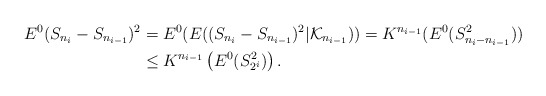
\begin{align*}E^{0}(S_{n_{i}}-S_{n_{i-1}})^{2} & =E^{0}(E((S_{n_{i}}-S_{n_{i-1}})^{2}|\mathcal{K}_{n_{i-1}}))=K^{n_{i-1}}(E^{0}(S_{n_{i}-n_{i-1}}^{2}))\\& \leq K^{n_{i-1}}\left( E^{0}(S_{2^{i}}^{2})\right) .\end{align*}